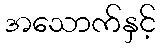
အသောက်နှင့်